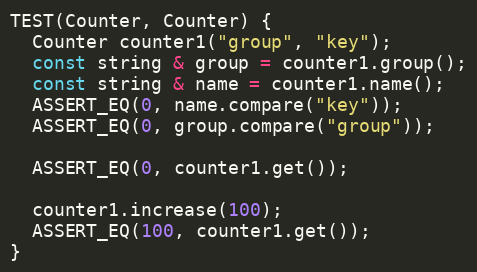
Language: C++
TEST(Counter, Counter) {
  Counter counter1("group", "key");
  const string & group = counter1.group();
  const string & name = counter1.name();
  ASSERT_EQ(0, name.compare("key"));
  ASSERT_EQ(0, group.compare("group"));

  ASSERT_EQ(0, counter1.get());

  counter1.increase(100);
  ASSERT_EQ(100, counter1.get());
}